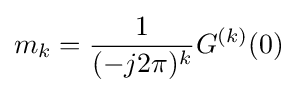
m_{k}={\frac {1}{(-j2\pi )^{k}}}G^{(k)}(0)